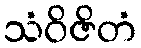
သံဝိဇိတံ